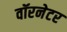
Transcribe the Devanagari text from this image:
वॉरनेटर